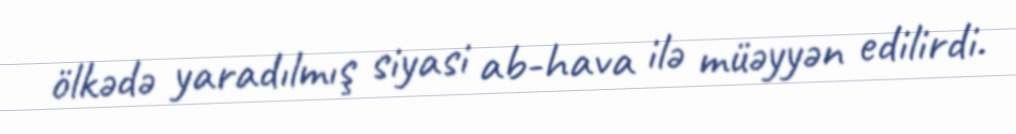
ölkədə yaradılmış siyasi ab-hava ilə müəyyən edilirdi.